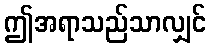
ဤအရာသည်သာလျှင်